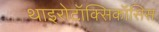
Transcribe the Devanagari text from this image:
थाइरोटॉक्सिकॉसिस